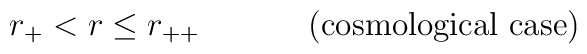
r_{+}<r\leq r_{++}\ \ \ \ \ \ \ \ \ \mbox{ (cosmological case)}